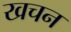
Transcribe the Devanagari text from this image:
खचन